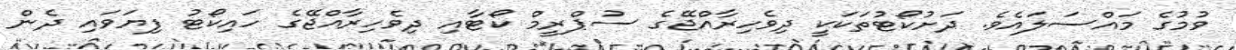
ވުމުގެ މައްސަލައެވެ. ދަށުކޯޓުތަކަކީ ދިވެހިރާއްޖޭގެ ސުޕްރީމް ކޯޓާއި ދިވެހިރާއްޖޭގެ ހައިކޯޓު ފިޔަވައި ދެން